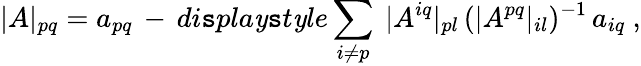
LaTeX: |A|_{pq}=a_{pq}\, -\, di\mathtt{s}pla\mathit{y}\mathtt{s}t\mathit{y}le\sum_{i\not{=}p}\ |A^{iq}|_{pl}\, (|A^{pq}|_{il})^{-1}\, a_{iq}\ ,